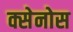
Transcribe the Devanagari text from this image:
क्सेनोस